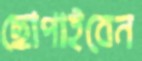
ছোপাইবেন